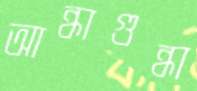
আন্ধাগুন্ধা